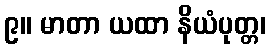
၉။ မာတာ ယထာ နိယံပုတ္တ၊